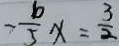
- \frac { b } { 5 } x = \frac { 3 } { 2 }